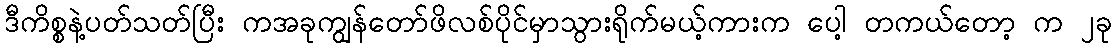
ဒီကိစ္စနဲ့ပတ်သတ်ပြီး ကအခုကျွန်တော်ဖိလစ်ပိုင်မှာသွားရိုက်မယ့်ကားက ပေါ့ တကယ်တော့ က ၂ခု